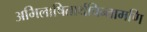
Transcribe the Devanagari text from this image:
अभिलाषितार्थचिन्तामणि